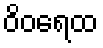
ဝိဝရေထ